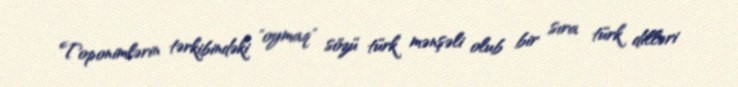
Toponimlərin tərkibindəki "oymaq" sözü türk mənşəli olub bir sıra türk dilləri